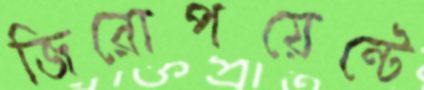
জিরোপয়েন্টে